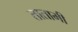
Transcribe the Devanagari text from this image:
तातामी